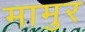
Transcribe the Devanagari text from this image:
मामुर